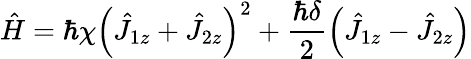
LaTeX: \hat{H}=\hbar\chi\left(\hat{J}_{1z}+\hat{J}_{2z}\right)^{2}+\frac{\hbar\delta}{2}\left(\hat{J}_{1z}-\hat{J}_{2z}\right)